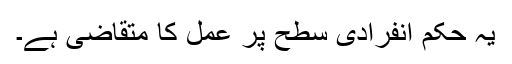
یہ حکم انفرادی سطح پر عمل کا متقاضی ہے۔